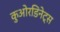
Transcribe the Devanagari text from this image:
कुओरडिनेट्स